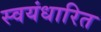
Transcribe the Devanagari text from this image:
स्वयंधारित